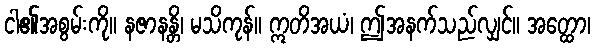
ငါ၏အစွမ်းကို။ နဇာနန္တိ၊ မသိကုန်။ ဣတိအယံ၊ ဤအနက်သည်လျှင်။ အတ္ထော၊